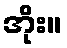
အိုး။